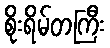
စိုးရိမ်တကြီး